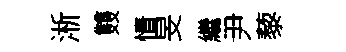
淅䨇情旻繼尹藜